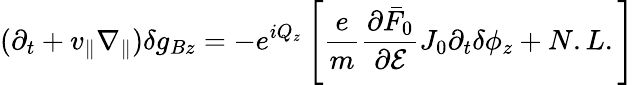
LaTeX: (\partial_{t}+v_{\parallel}\nabla_{\parallel})\delta g_{Bz}=-e^{iQ_{z}}\left[\frac{e}{m}\frac{\partial\bar{F}_{0}}{\partial\mathcal{E}}J_{0}\partial_{t}\delta\phi_{z}+N.L.\right]